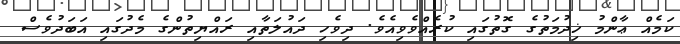
ކަމެއް ޢާންމު ޚިދުމަތުގެ ގޮތުގައި ކުރެއްވެވިއެވެ. ދިވެހި ދައުލަތާއި ރައްޔިތުންގެ މެދުގައި އަބަދުވެސް